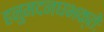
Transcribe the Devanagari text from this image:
हनुमदनघभक्तेः